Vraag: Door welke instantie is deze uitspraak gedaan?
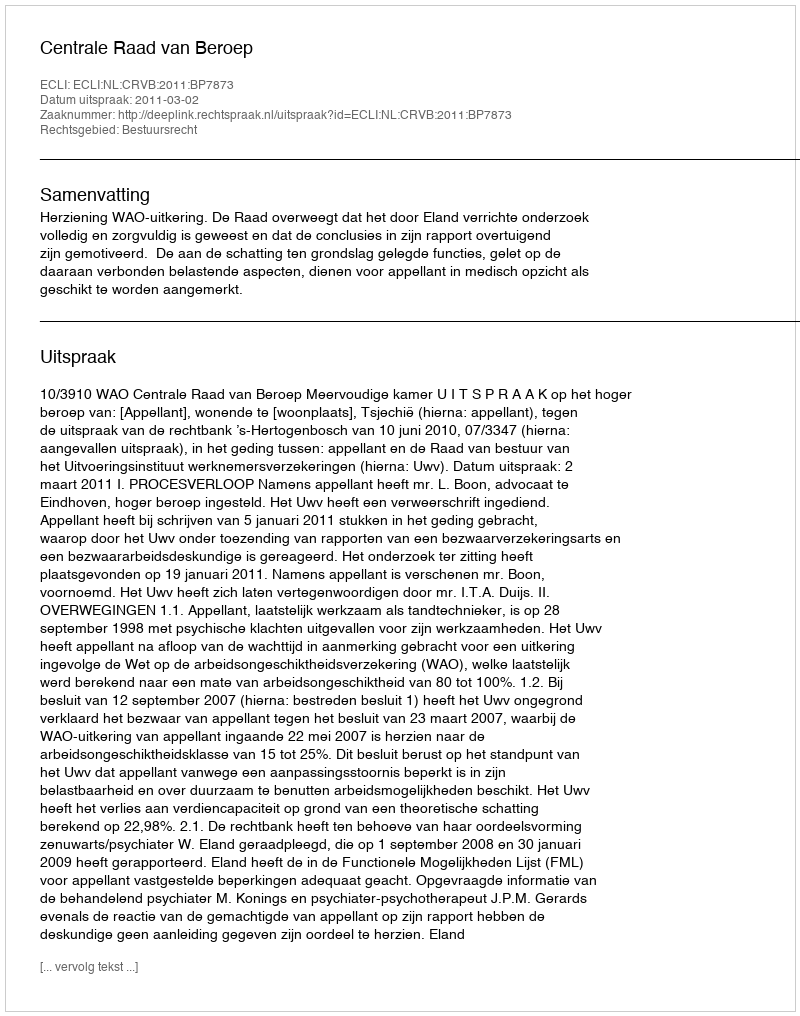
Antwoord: Centrale Raad van Beroep